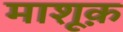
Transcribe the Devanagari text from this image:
माशूक़